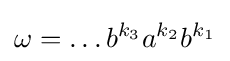
\omega =\ldots b^{k_{3}}a^{k_{2}}b^{k_{1}}